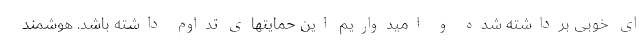
ای خوبی برداشته شده و امیدواریم این حمایتهای تداوم داشته باشد. هوشمند